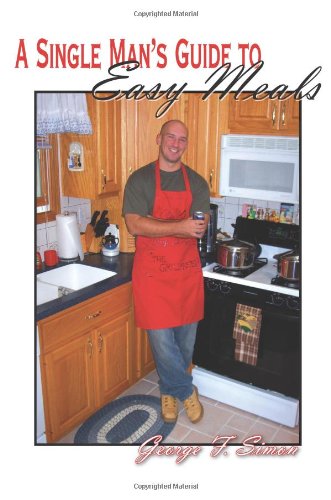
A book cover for A Single Man's Guide to Easy Meals; George Simon; Cookbooks, Food & Wine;